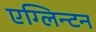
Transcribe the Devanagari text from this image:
एग्लिन्टन